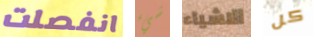
انفصلت شيء الاشياء كل